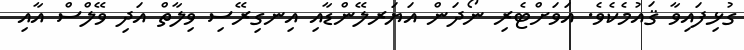
ގުޅިފައިވާ ޤައުމެކެވެ. އަވަށްޓެރި ނޯދަން އަޔަރލޭންޑާއި އިނގިރޭސި ވިލާތް އަދި ވޭލްސް އާއި